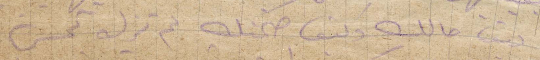
كيف حالك وكيف صحتك لم تزل تحس